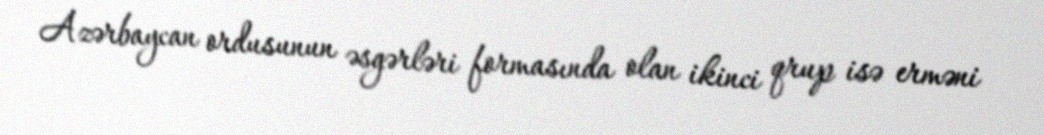
Azərbaycan ordusunun əsgərləri formasında olan ikinci qrup isə erməni